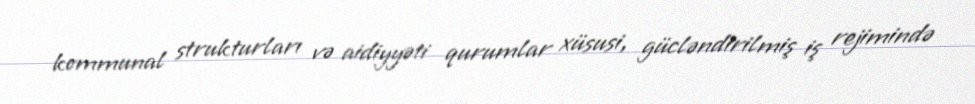
kommunal strukturları və aidiyyəti qurumlar xüsusi, gücləndirilmiş iş rejimində